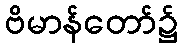
ဗိမာန်တော်၌